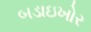
બડાઇખોર